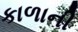
કાળાની